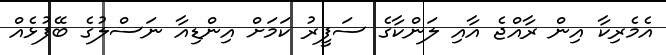
އެމެރިކާ އިން ރާއްޖެ އާއި ލަންކާގެ ސަފީރު ކަމަށް އިންޑިއާ ނަސްލުގެ ބޭފުޅެއް